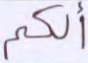
ألكم